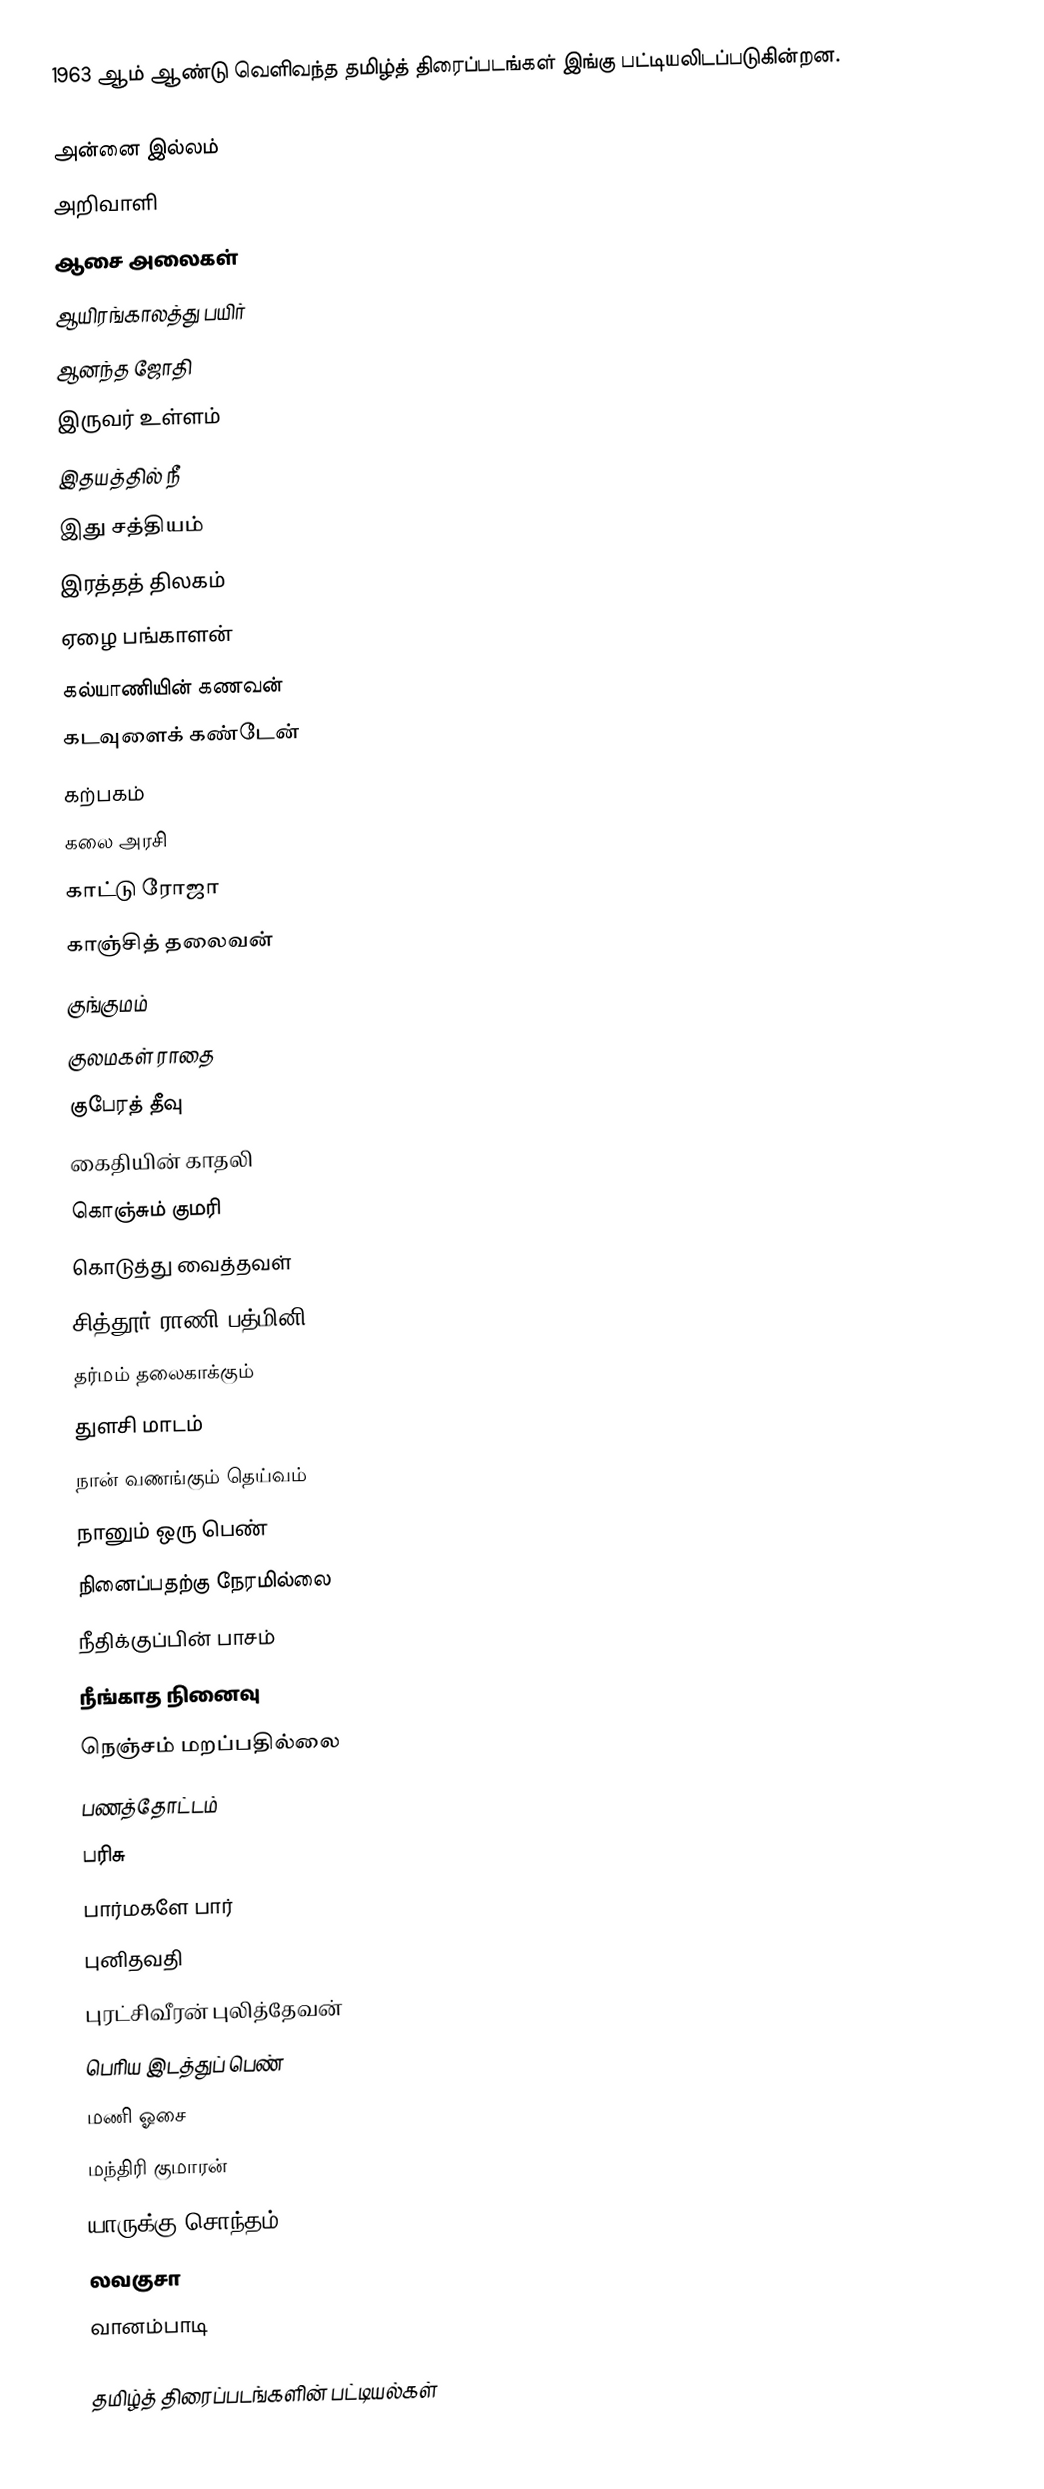
1963 ஆம் ஆண்டு வெளிவந்த தமிழ்த் திரைப்படங்கள் இங்கு பட்டியலிடப்படுகின்றன.

அன்னை இல்லம்
அறிவாளி
ஆசை அலைகள்
ஆயிரங்காலத்து பயிர்
ஆனந்த ஜோதி
இருவர் உள்ளம்
இதயத்தில் நீ
இது சத்தியம்
இரத்தத் திலகம்
ஏழை பங்காளன்
கல்யாணியின் கணவன்
கடவுளைக் கண்டேன்
கற்பகம்
கலை அரசி
காட்டு ரோஜா
காஞ்சித் தலைவன்
குங்குமம்
குலமகள் ராதை
குபேரத் தீவு
கைதியின் காதலி
கொஞ்சும் குமரி
கொடுத்து வைத்தவள்
சித்தூர் ராணி பத்மினி
தர்மம் தலைகாக்கும்
துளசி மாடம்
நான் வணங்கும் தெய்வம்
நானும் ஒரு பெண்
நினைப்பதற்கு நேரமில்லை
நீதிக்குப்பின் பாசம்
நீங்காத நினைவு
நெஞ்சம் மறப்பதில்லை
பணத்தோட்டம்
பரிசு
பார்மகளே பார்
புனிதவதி
புரட்சிவீரன் புலித்தேவன்
பெரிய இடத்துப் பெண்
மணி ஓசை
மந்திரி குமாரன்
யாருக்கு சொந்தம்
லவகுசா
வானம்பாடி

தமிழ்த் திரைப்படங்களின் பட்டியல்கள்